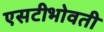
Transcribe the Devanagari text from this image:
एसटीभोवती